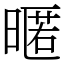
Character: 暱